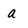
Character: a